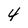
Character: 4